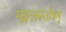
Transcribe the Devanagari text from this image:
मङ्गलस्तोत्रम्